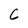
Character: 6